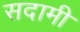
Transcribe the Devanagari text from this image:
सदामी